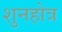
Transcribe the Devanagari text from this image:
शुनहोत्र